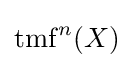
\operatorname {tmf} ^{n}(X)